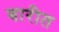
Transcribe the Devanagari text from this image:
बारीत